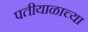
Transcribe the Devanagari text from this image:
पतीयाळाच्या